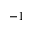
- 1